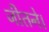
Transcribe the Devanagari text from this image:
जीतने।